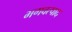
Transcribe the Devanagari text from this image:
भगवत्पाद